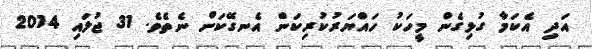
އަދި އެކަމާ ގުޅިގެން މީހަކު ހައްޔަރުކުރިކަން އެނގޭކަށް ނެތެވެ. 31 ޖުލައި 2014